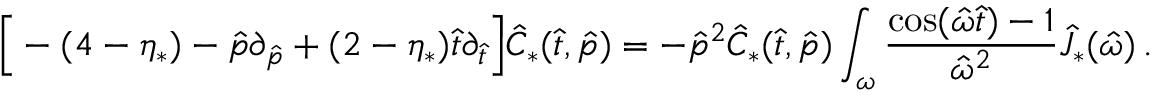
\Big [ - ( 4 - \eta _ { * } ) - \hat { p } \partial _ { \hat { p } } + ( 2 - \eta _ { * } ) { \hat { t } \partial _ { \hat { t } } } \Big ] \hat { C } _ { * } ( \hat { t } , \hat { p } ) = - \hat { p } ^ { 2 } \hat { C } _ { * } ( \hat { t } , \hat { p } ) \int _ { \omega } \frac { \cos ( \hat { \omega } \hat { t } ) - 1 } { \hat { \omega } ^ { 2 } } \hat { J } _ { * } ( \hat { \omega } ) \, .